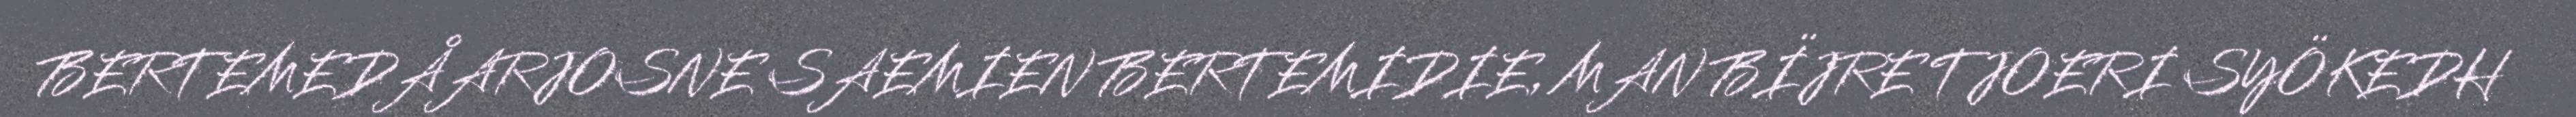
BERTEMEDÅARJOSNE SAEMIEN BERTEMIDIE, MAN BÏJRE TJOERI SYÖKEDH